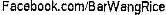
FACEBOOK.COM/BARWANGRICE